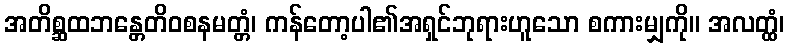
အတိစ္ဆထဘန္တေတိဝစနမတ္တံ၊ ကန်တော့ပါ၏အရှင်ဘုရားဟူသော စကားမျှကို။ အလတ္ထံ၊